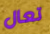
تعال